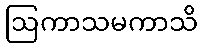
ဩကာသမကာသိ